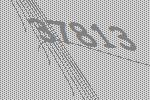
37813